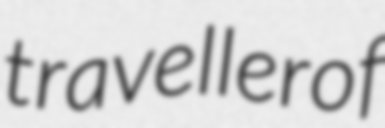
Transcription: traveller of